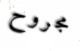
مجروح